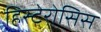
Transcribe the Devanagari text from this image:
हिस्टेरोसिस